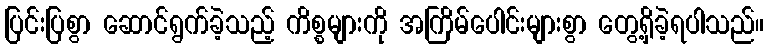
ပြင်းပြစွာ ဆောင်ရွက်ခဲ့သည့် ကိစ္စများကို အကြိမ်ပေါင်းများစွာ တွေ့ရှိခဲ့ရပါသည်။